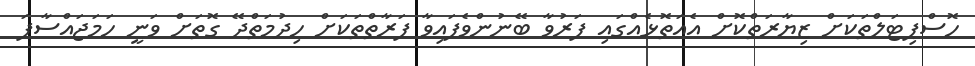
ހޮސްޕިޓަލްތަކަށް ޒިޔާރަތްކޮށް އެއަތޮޅެއްގައި ފަރުވާ ބޭނުންވެފައިވާ ފަރާތްތަކަށް ހިދުމަތްދޭ ގޮތަށް ވަނީ ހަމަޖައްސާފަ